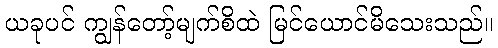
ယခုပင် ကျွန်တော့်မျက်စိထဲ မြင်ယောင်မိသေးသည်။